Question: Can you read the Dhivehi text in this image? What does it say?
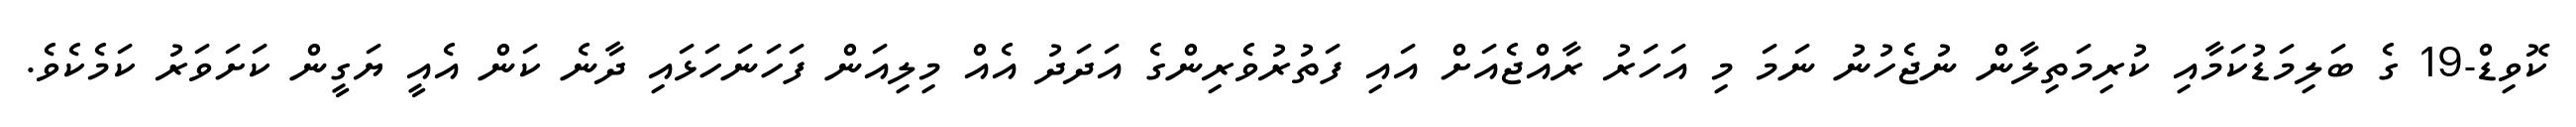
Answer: ކޮވިޑް-19 ގެ ބަލިމަޑުކަމާއި ކުރިމަތިލާން ނުޖެހުނު ނަމަ މި އަހަރު ރާއްޖެއަށް އައި ފަތުރުވެރިންގެ އަދަދު އެއް މިލިއަން ފަހަނަހަޅައި ދާނެ ކަން އެއީ ޔަގީން ކަށަވަރު ކަމެކެވެ.